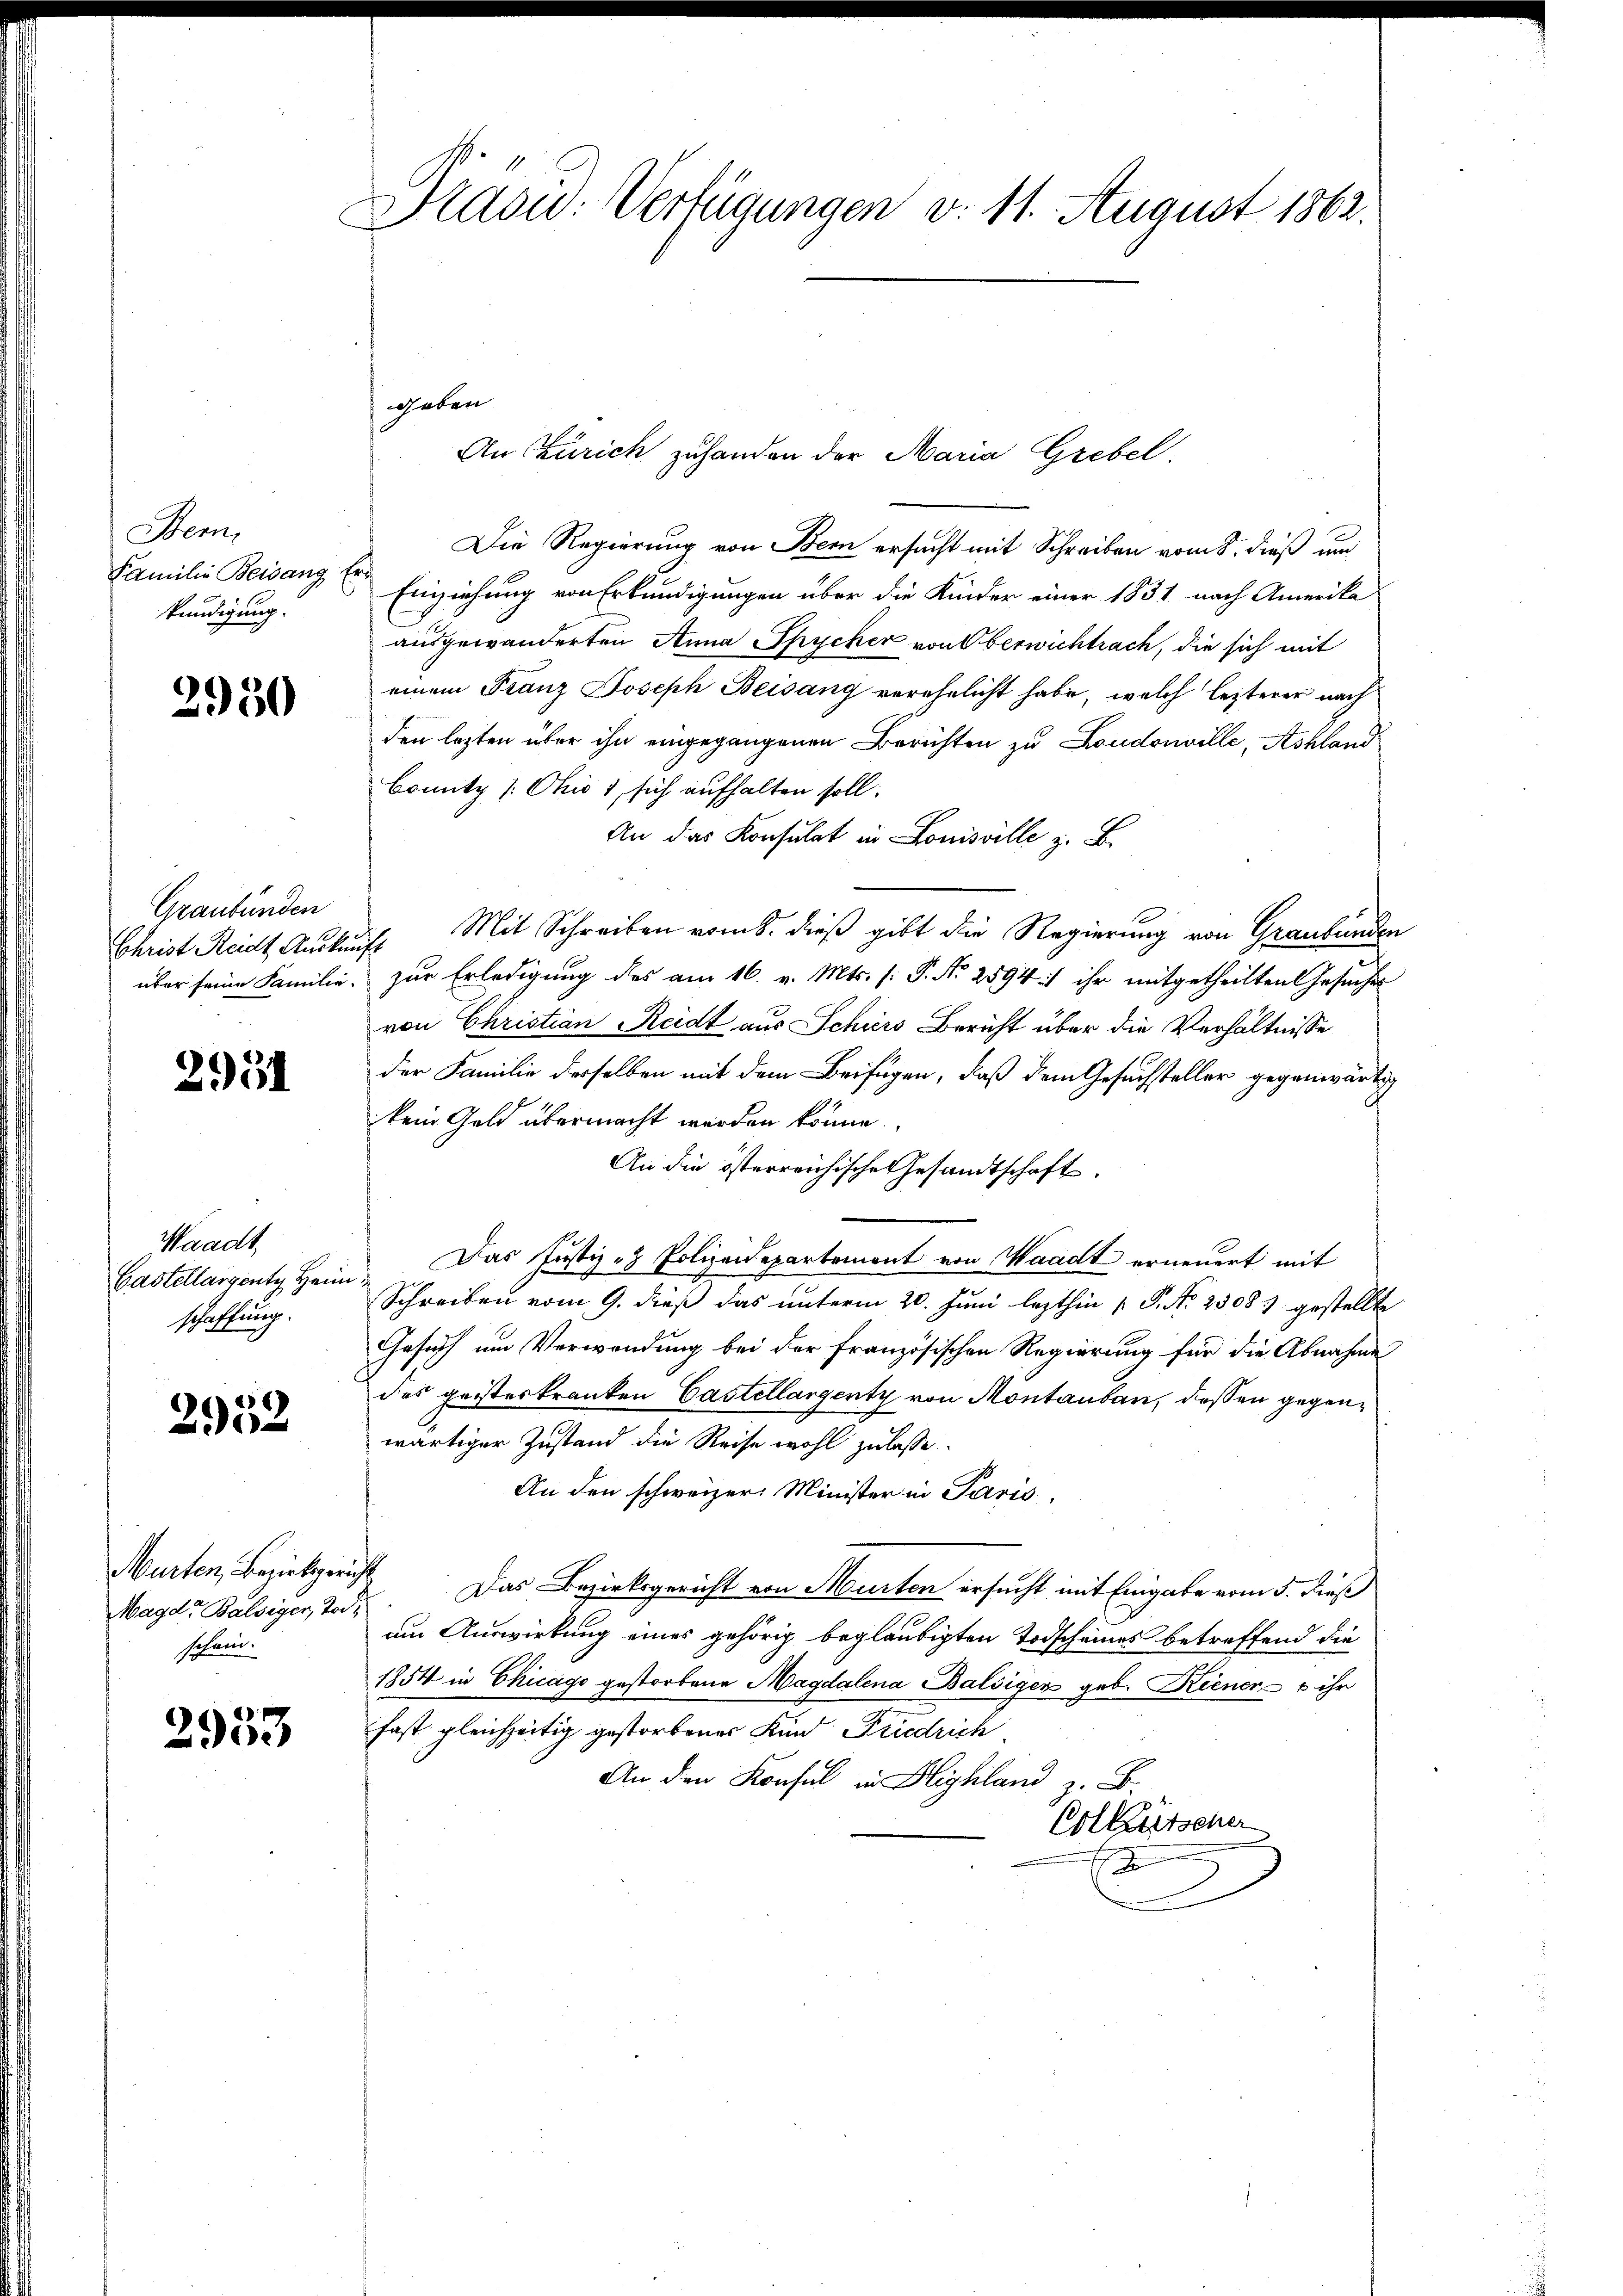
Bem
Familie Beisang l.
kündigung.

2950

Graubünden
Christ Reidt, Auskun
über seine Familie.

2951

Waadt,
Gastellargentz Hein
schaffung.

2952

Marten, Bezirksgerin
Magd, Balsiger, Tod.
schein.

2933

Staow-Verfügungen v. 11. August 1862.

An Zürich zu handen der Maria Grebel.
Die Regierung von Bern ersucht mit Schreiben vom 8. dieß un
Einziehung von Erkundigungen über die Kinder einer 1831 nach Amerika
ausgewanderten Anna Spycher von Oberwichtrach, die sich mit
einem Franz Joseph Beisang verehelicht habe, welch lezterer nach
den lezten über ihn eingegangenen Berichten zu Londonville, Ashland
Bonitz /: Ohio 1, sich aufhalten soll.
An das Konsulat in Louisville z. B.
. Mit Schreiben vom 8. dieß gibt die Regierung von Graubünden
zur Erledigung des am 16. v. Mts. (: P. Nr. 2594:/ ihr mitgetheilten Gesuches
von Christian Reidt aus Schörs Bericht über die Verhältnisse
der Familie derselben mit dem Beifügen, daß dem Gesuchsteller gegenwärtig
kein Geld übermacht werden könne.
An die österreichische Gesandtschaft.
Das Justiz- & Polizeidepartement von Waadt erneuert mit
Schreiben vom 9. dieß das unterm 20. Juni lezthin /: P. Nr. 2508. gestellte
Gesuch um Verwendung bei der Französischen Regierung für die Abnahme
des geisteskranken Castellargenty von Montanbau, deßen gegenwärtiger Zustand die Reise wohl zulasse.
An den schweizer Minister in Paris,
 Das Bezirksgericht von Murten ersucht mit Eingabe vom 5. dieß
um Auswirkung eines gehörig beglaubigten Todscheines betreffend die
1854 in Chicago gestorbene Magdalena Balsigen geb. Kiener ihr
fast gleichzeitig gestorbenes Kind Friedrich
An den Konsul in Blighland z. B.
Colkutscher
s

geben